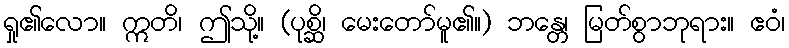
ရှု၏လော။ ဣတိ၊ ဤသို့။ (ပုစ္ဆိ၊ မေးတော်မူ၏။) ဘန္တေ၊ မြတ်စွာဘုရား။ ဧဝံ၊